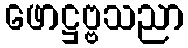
ဖောဋ္ဌဗ္ဗသညာ